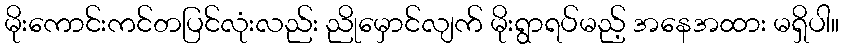
မိုးကောင်းကင်တပြင်လုံးလည်း ညိုမှောင်လျက် မိုးရွာရပ်မည့် အနေအထား မရှိပါ။